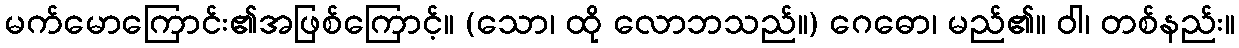
မက်မောကြောင်း၏အဖြစ်ကြောင့်။ (သော၊ ထို လောဘသည်။) ဂေဓော၊ မည်၏။ ဝါ၊ တစ်နည်း။